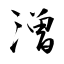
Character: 潧